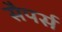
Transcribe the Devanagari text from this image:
सैपर्स